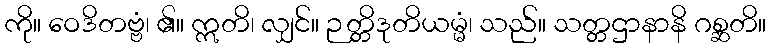
ကို။ ဝေဒိတဗ္ဗံ၊ ၏။ ဣတိ၊ လျှင်။ ဉတ္တိဒုတိယမ္မံ၊ သည်။ သတ္တဌာနာနိ ဂစ္ဆတိ။